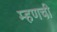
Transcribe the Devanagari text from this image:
म्हणची